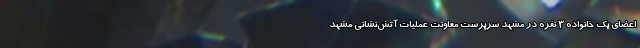
اعضای یک خانواده 3 نفره در مشهد سرپرست معاونت عملیات آتش‌نشانی مشهد